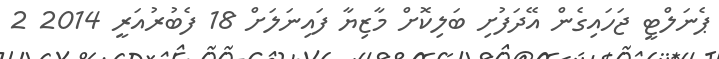
ޕެނަލްޓީ ޖަހައިގެން އޭދަފުށި ބަލިކޮށް މާޒިޔާ ފައިނަލަށް 18 ފެބުރުއަރީ 2014 2